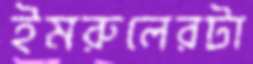
ইমরুলেরটা